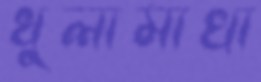
ধুলামাখা